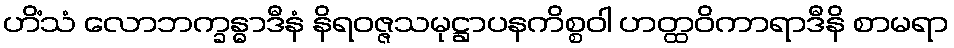
ဟိံသံ လောဘက္ခန္ဓာဒီနံ နိရဝဇ္ဇသမုဋ္ဌာပနကိစ္စဝါ ဟတ္ထဝိကာရာဒီနိ စာမရာ